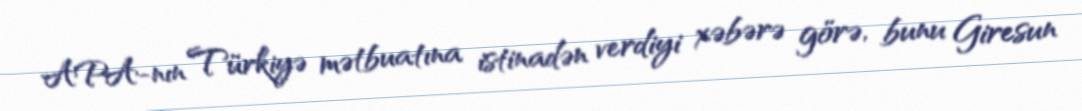
APA-nın Türkiyə mətbuatına istinadən verdiyi xəbərə görə, bunu Giresun